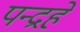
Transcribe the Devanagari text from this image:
पन्द्रहे